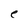
Character: e